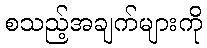
စသည့်အချက်များကို